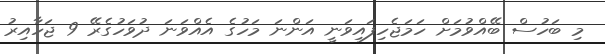
މި ބަހުސް ބޭއްވުމަށް ހަމަޖެހިފައިވަނީ އަންނަ މަހުގެ އެއްވަނަ ދުވަހުގެރޭ 9 ޖަހާއިރު